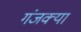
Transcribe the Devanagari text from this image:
गंजक्या